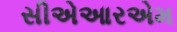
સીએઆરએમ